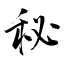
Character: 秘